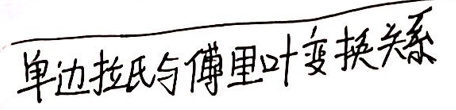
单边拉氏与傅里叶变换关系